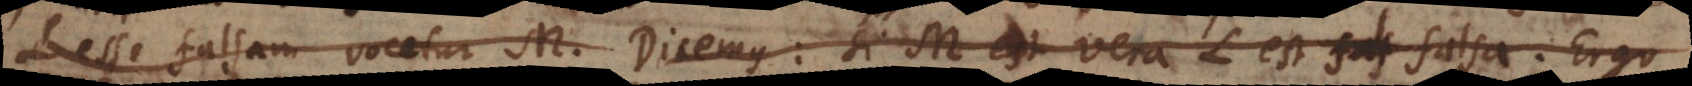
esse falsam vocetur M. Dicemus: si M est vera L est falsa. Ergo